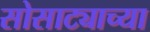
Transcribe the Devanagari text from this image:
सोसाट्याच्या